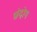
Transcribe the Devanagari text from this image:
छंदोग